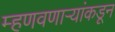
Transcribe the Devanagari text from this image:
म्हणवणाऱ्यांकडून